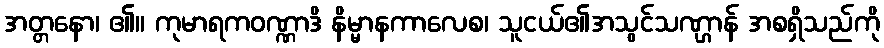
အတ္တနော၊ ၏။ ကုမာရကဝဏ္ဏာဒိ နိမ္မာနကာလေစ၊ သူငယ်၏အသွင်သဏ္ဌာန် အစရှိသည်ကို